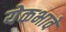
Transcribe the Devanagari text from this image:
येकभावें